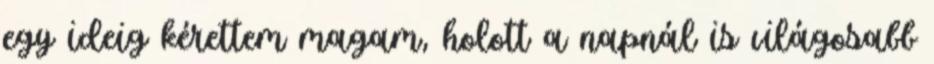
egy ideig kérettem magam, holott a napnál is világosabb